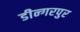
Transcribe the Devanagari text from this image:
डीन्गरपुर